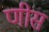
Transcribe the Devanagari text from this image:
णीस